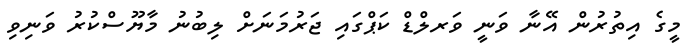
މީގެ އިތުރުން އޭނާ ވަނީ ވަރލްޑް ކަޕްގައި ޖަރުމަނަށް ލިބުނު މާޔޫސްކުރު ވަނިވި